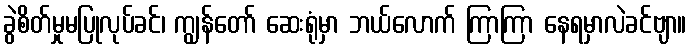
ခွဲစိတ်မှုမပြုလုပ်ခင်၊ ကျွန်တော် ဆေးရုံမှာ ဘယ်လောက် ကြာကြာ နေရမှာလဲခင်ဗျာ။